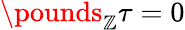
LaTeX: \pounds_{\mathbb{Z}}\tau=0